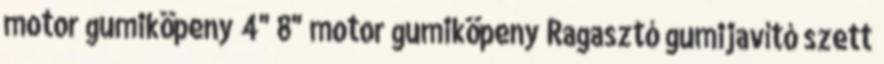
motor gumiköpeny 4" 8" motor gumiköpeny Ragasztó gumijavító szett